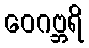
ဝေဂဗ္ဘရိ